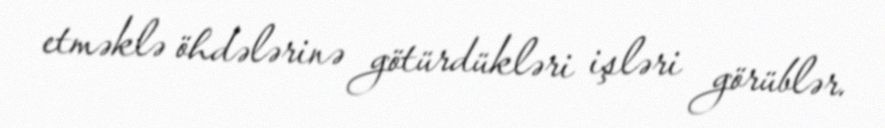
etməklə öhdələrinə götürdükləri işləri görüblər.